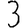
Digit: 3